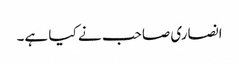
انصاری صاحب نے کیا ہے۔